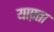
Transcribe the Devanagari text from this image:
याफ़्ता